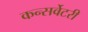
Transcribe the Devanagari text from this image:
कन्सर्वेटरी